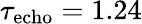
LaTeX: \tau_{\mathrm{echo}}=1.24